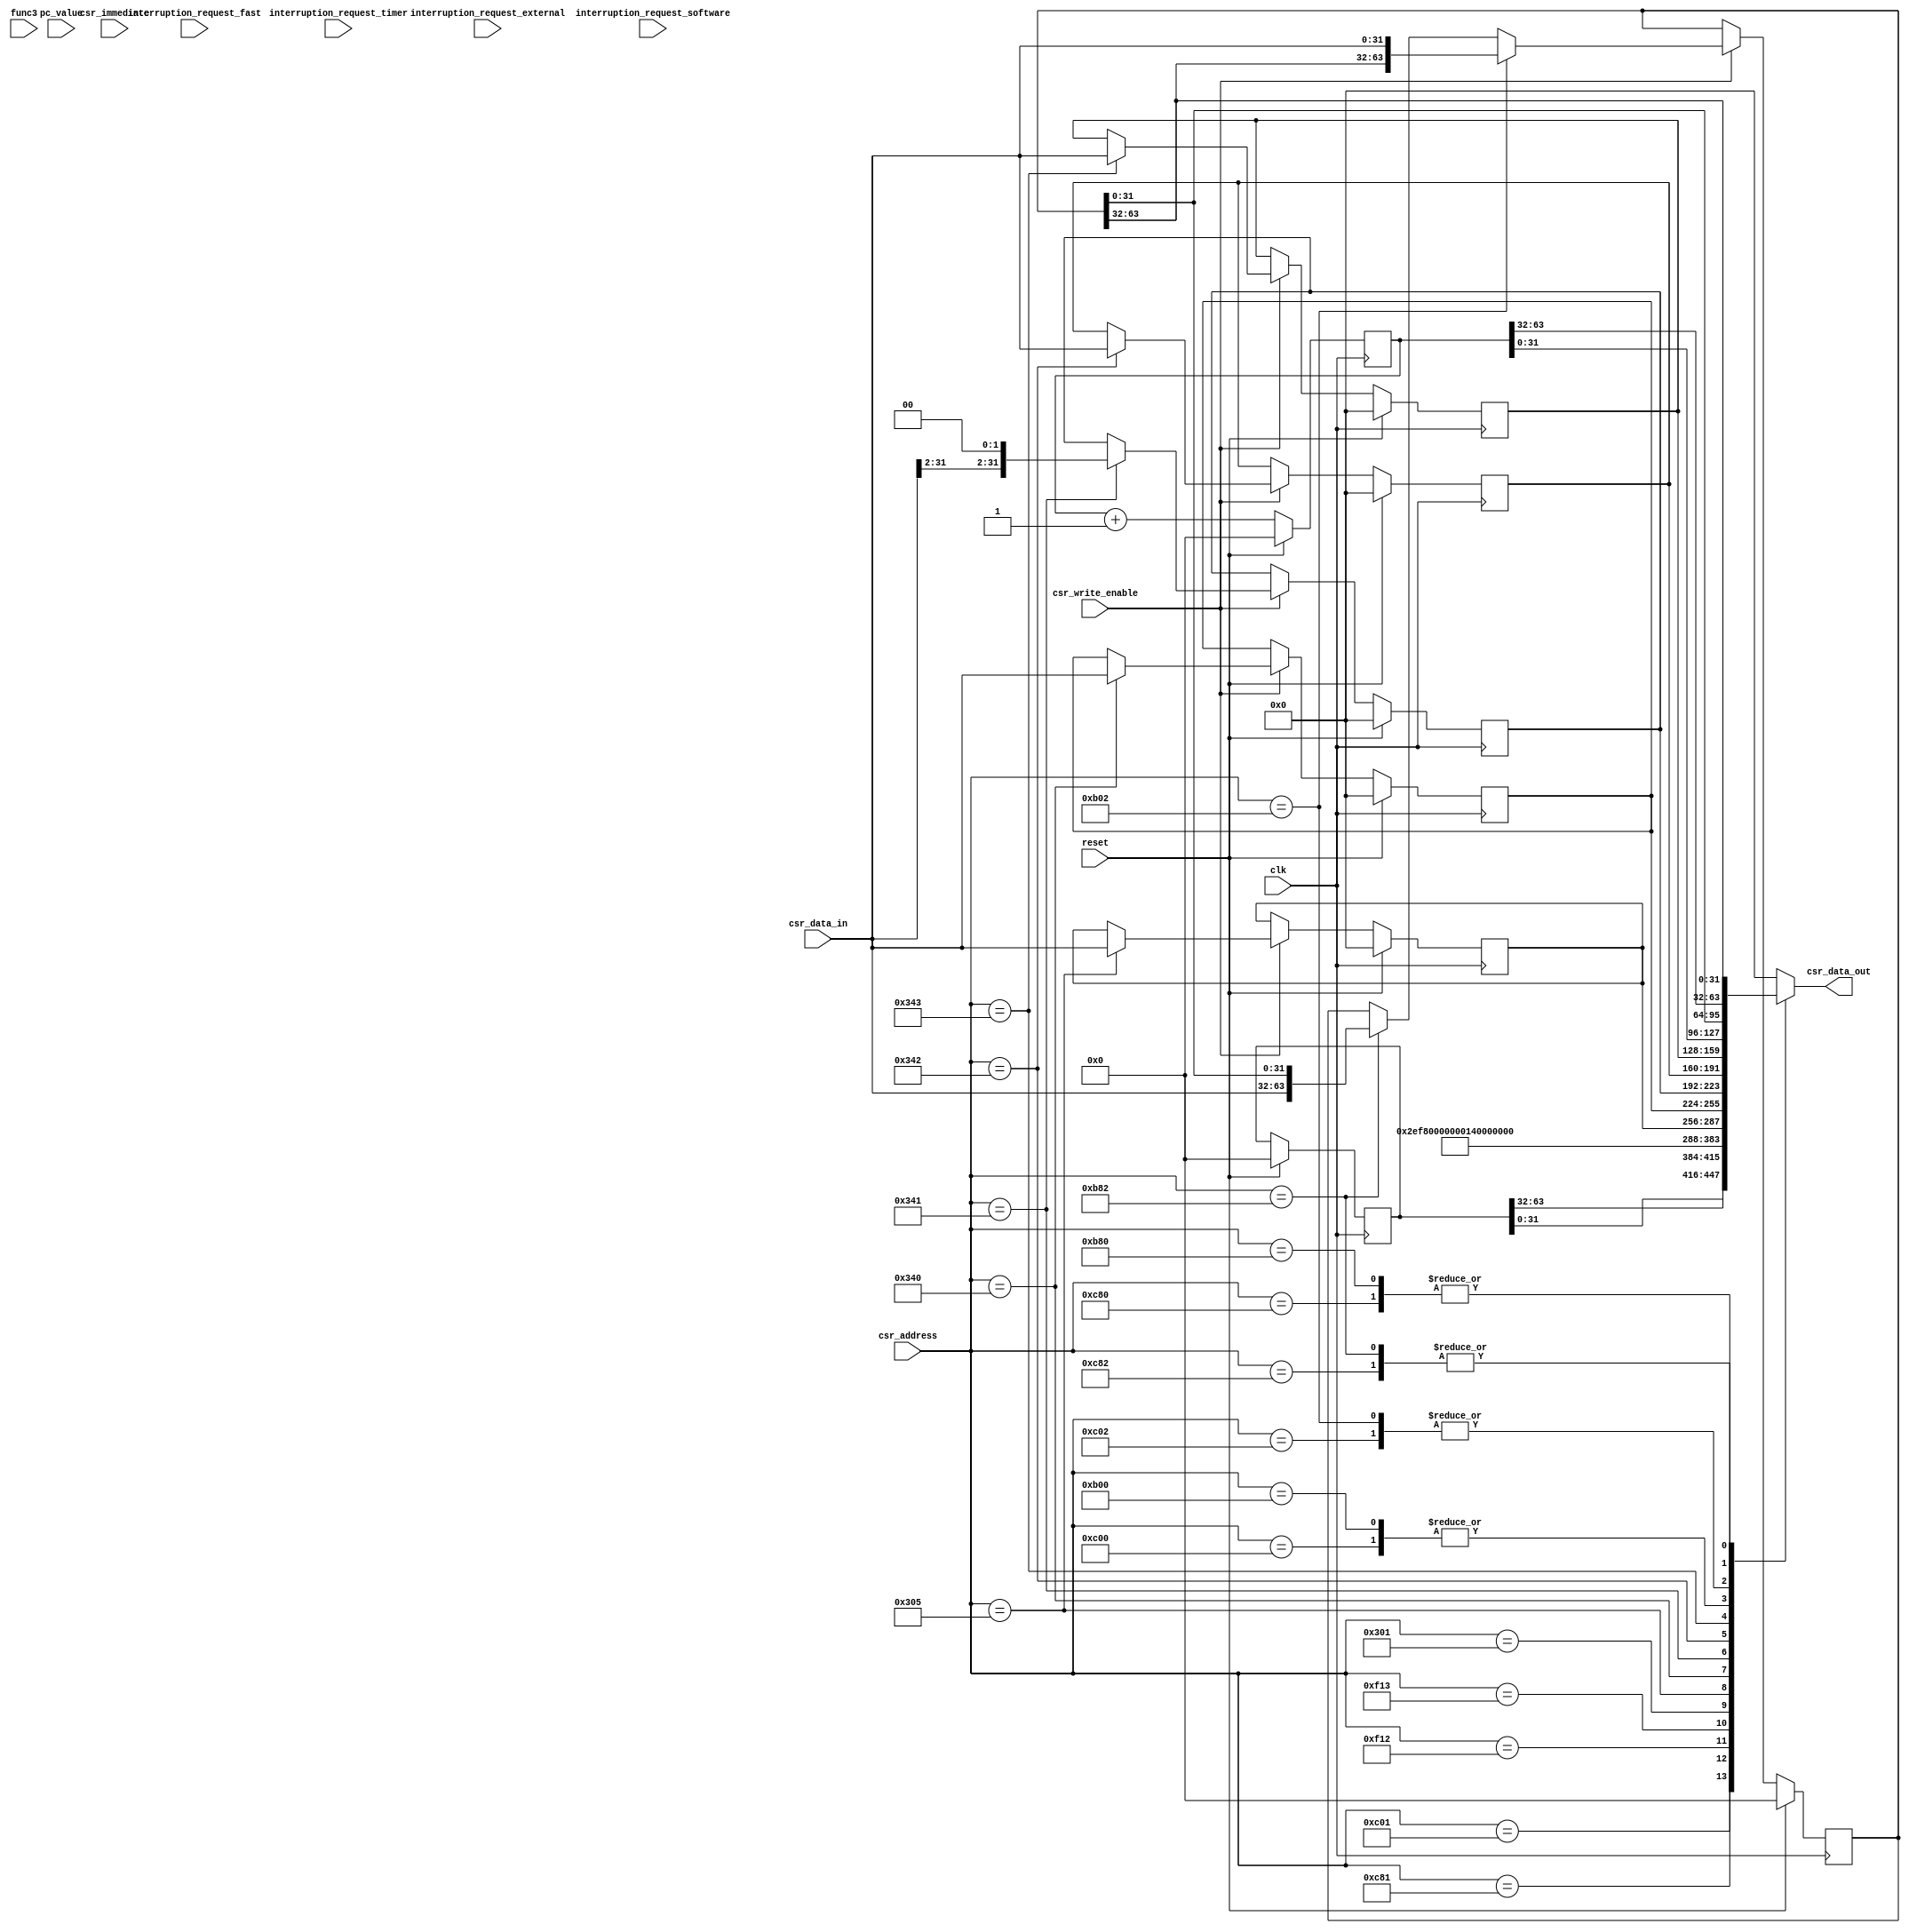
module CSR_Unit (
    input wire clk,
    input wire reset,
    input wire csr_write_enable,
    input wire [2:0] func3,
    input wire [4:0] csr_immediate,
    input wire [11:0] csr_address,
    input wire [31:0] csr_data_in,
    output reg [31:0] csr_data_out,

    // Interrupções
    input wire interruption_request_external,
    input wire interruption_request_timer,
    input wire interruption_request_software,
    input wire [15:0] interruption_request_fast,

    input wire [31:0] pc_value

);

// Address of Performance Counters CSRs

localparam CYCLE                = 12'hC00;
localparam TIME                 = 12'hC01;
localparam INSTRET              = 12'hC02;
localparam CYCLEH               = 12'hC80;
localparam TIMEH                = 12'hC81;
localparam INSTRETH             = 12'hC82;

// Address of Machine Information CSRs

localparam MARCHID              = 12'hF12;
localparam MIMPID               = 12'hF13;

// Address of Machine Trap Setup CSRs

localparam MSTATUS              = 12'h300;
localparam MSTATUSH             = 12'h310;
localparam MISA                 = 12'h301;
localparam MIE                  = 12'h304;
localparam MTVEC                = 12'h305;

// Address of Machine Trap Handling CSRs

localparam MSCRATCH             = 12'h340;
localparam MEPC                 = 12'h341;
localparam MCAUSE               = 12'h342;
localparam MTVAL                = 12'h343;
localparam MIP                  = 12'h344;

// Address of Machine Performance Counters CSRs

localparam MCYCLE               = 12'hB00;
localparam MINSTRET             = 12'hB02;
localparam MCYCLEH              = 12'hB80;
localparam MINSTRETH            = 12'hB82;

// Registros de controle
reg [31:0] mepc, mscratch, mcause, mtval, mtvec;
reg [63:0] mcycle, minstret, utime;

wire [31:0] csr_input;

initial begin
    mepc       = 32'h00000000;
    mscratch   = 32'h00000000;
    mcause     = 32'h00000000;
    mtval      = 32'h00000000;
    mtvec      = 32'h00000000;
    mcause = 32'h00000000;
    mcycle     = 64'h0000000000000000;
    minstret   = 64'h0000000000000000;
    utime      = 64'h0000000000000000;
end

always @(*) begin
    case (csr_address)
        CYCLE: csr_data_out     <= mcycle[31:0];
        TIME: csr_data_out      <= utime[31:0];
        INSTRET: csr_data_out   <= minstret[31:0];
        CYCLEH: csr_data_out    <= mcycle[63:32];
        TIMEH: csr_data_out     <= utime[63:32];
        INSTRETH: csr_data_out  <= minstret[63:32];
        MARCHID: csr_data_out   <= 32'h00002EF8; // 12024 - primeiro semestre 2024
        MIMPID: csr_data_out    <= 32'h00000001; // versão 1
        MSTATUS: csr_data_out   <= 32'h00000000;
        MSTATUSH: csr_data_out  <= 32'h00000000;
        MISA: csr_data_out      <= 32'h40000100; // RV 32I
        MIE: csr_data_out       <= 32'h00000000;
        MTVEC: csr_data_out     <= mtvec;
        MSCRATCH: csr_data_out  <= mscratch;
        MEPC: csr_data_out      <= mepc;
        MCAUSE: csr_data_out    <= mcause;
        MTVAL: csr_data_out     <= mtval;
        MIP: csr_data_out       <= 32'h00000000;
        MCYCLE: csr_data_out    <= mcycle[31:0];
        MINSTRET: csr_data_out  <= minstret[31:0];
        MCYCLEH: csr_data_out   <= mcycle[63:32];
        MINSTRETH: csr_data_out <= minstret[63:32];
        default: csr_data_out   <= 32'h00000000;
    endcase
end

always @(posedge clk) begin
    if(reset) begin
        mepc     <= 32'h00000000;
        mscratch <= 32'h00000000;
        mcause   <= 32'h00000000;
        mtval    <= 32'h00000000;
        mtvec    <= 32'h00000000;
        mcycle   <= 64'h0000000000000000;
        utime    <= 64'h0000000000000000;
    end else begin
        mcycle <= mcycle + 1;

        if(csr_write_enable) begin
            case (csr_address)
                MEPC: mepc <= {csr_data_in[31:2], 2'b00};
                MSCRATCH: mscratch <= csr_data_in; // data in não e o valor certo, precisa corrigir depois
                MCAUSE: mcause <= csr_data_in;
                MTVAL: mtval <= csr_data_in;
                MTVEC: mtvec <= csr_data_in;
            endcase
        end
    end
end

always @(posedge clk) begin // minstret - conta as instruções executadas
    if(reset) begin
        minstret <= 64'h0000000000000000;
    end else begin
        if(csr_write_enable) begin
            if(csr_address == MINSTRET) begin
                minstret <= {minstret[63:32], csr_data_in};
            end else if(csr_address == MINSTRETH) begin
                minstret <= {csr_data_in, minstret[31:0]};
            end
        end else if (1'b1) begin // fica pra outro dia

        end
    end
end

assign csr_input = (func3[2] == 1'b1) ? {27'h0000000, csr_immediate} : csr_data_in;

endmodule